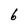
Character: 6